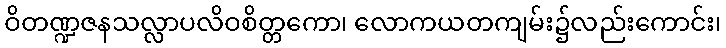
ဝိတဏ္ဍဇနသလ္လာပလိဝစိတ္တကော၊ လောကယတကျမ်း၌လည်းကောင်း၊